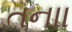
તનાા